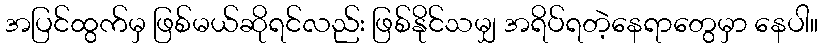
အပြင်ထွက်မှ ဖြစ်မယ်ဆိုရင်လည်း ဖြစ်နိုင်သမျှ အရိပ်ရတဲ့နေရာတွေမှာ နေပါ။